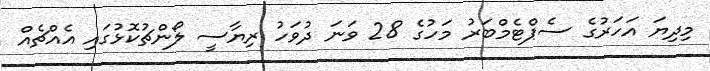
މިދިޔަ އަހަރުގެ ސެޕްޓެމްބަރު މަހުގެ 28 ވަނަ ދުވަހު ރިޔާސީ ލޯންޗުކޮޅުގައި އެއްޗެއް